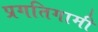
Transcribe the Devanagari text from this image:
प्रगतिगामी